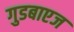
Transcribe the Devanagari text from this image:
गुडबाएज